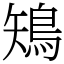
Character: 鴙